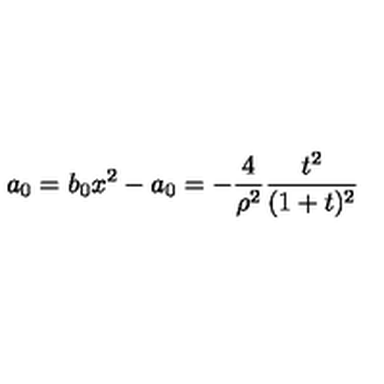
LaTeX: a _ { 0 } = b _ { 0 } x ^ { 2 } - a _ { 0 } = - \frac { 4 } { \rho ^ { 2 } } \frac { t ^ { 2 } } { ( 1 + t ) ^ { 2 } }